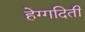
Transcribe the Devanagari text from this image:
हेग्गदिती